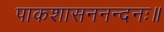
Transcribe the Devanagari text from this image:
पाकशासननन्दनः॥